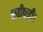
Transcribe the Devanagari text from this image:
रूढीवादी।